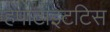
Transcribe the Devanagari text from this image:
हेपाटाइटटिस